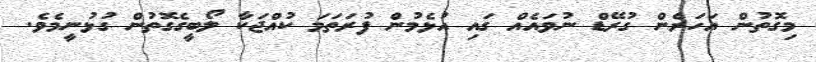
މިގޮތުން އަހަރެން ގުރޭޑް ނުވައެއް ގައި އުޅެމުން ފުރަތަމަ ކުއްޖަކާ ލޯބީގެގޮތުން ގުޅުނީމެވެ.